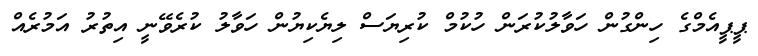
ޕީޕީއެމްގެ ހިންގުން ހަވާލުކުރަން ހުކުމް ކުރިޔަސް ލިޔެކިޔުން ހަވާލު ކުރެވޭނީ އިތުރު އަމުރެއް